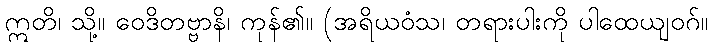
ဣတိ၊ သို့။ ဝေဒိတဗ္ဗာနိ၊ ကုန်၏။ (အရိယဝံသ၊ တရားပါးကို ပါထေယျဝဂ်။